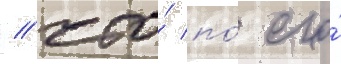
/ что́ по́ его́